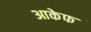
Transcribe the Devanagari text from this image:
आकेफ